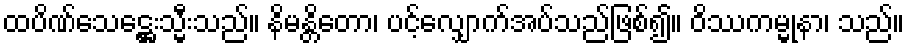
ထပိဏ်သေဋ္ဌေးသ္မီးသည်။ နိမန္တိတော၊ ပင့်လျှောက်အပ်သည်ဖြစ်၍။ ဝိဿကမ္မုနာ၊ သည်။